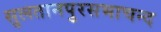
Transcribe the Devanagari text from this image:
सुलतानपुरसभाचन्द